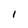
Character: l